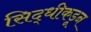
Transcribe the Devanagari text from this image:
सिद्धीकडून